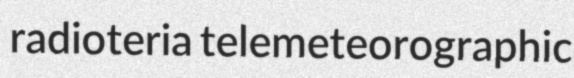
radioteria telemeteorographic